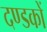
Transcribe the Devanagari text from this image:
दण्डकों